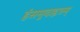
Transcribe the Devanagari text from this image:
हंसमुदाहृतम्